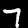
Digit: 7